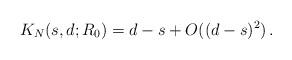
LaTeX: \begin{align*}K_N(s,d;R_0)=d-s + O((d-s)^2)\,.\end{align*}